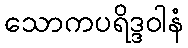
သောကပရိဒ္ဒဝါနံ